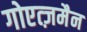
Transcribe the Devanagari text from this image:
गोएत्ज़मैन